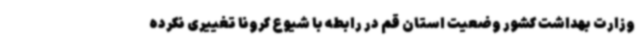
وزارت بهداشت کشور وضعیت استان قم در رابطه با شیوع کرونا تغییری نکرده